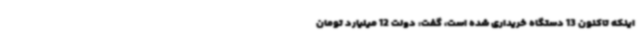
اینکه تاکنون 13 دستگاه خریداری شده است، گفت: دولت 12 میلیارد تومان